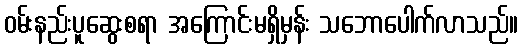
ဝမ်းနည်းပူဆွေးစရာ အကြောင်းမရှိမှန်း သဘောပေါက်လာသည်။